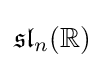
{\mathfrak {sl}}_{n}(\mathbb {R} )